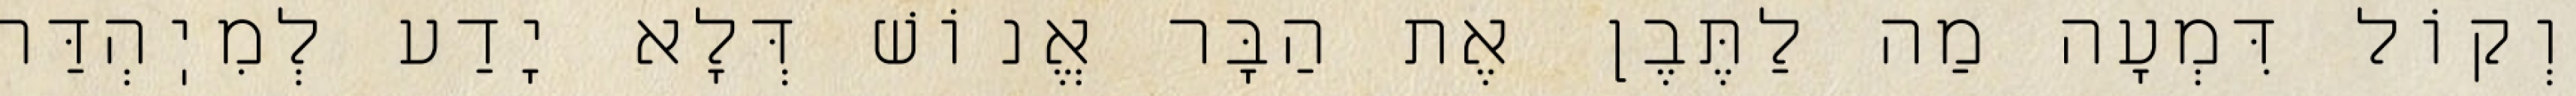
וְקוֹל דִּמְעָה מַה לַתֶּבֶן אֶת הַבָּר אֱנוֹשׁ דְּלָא יָדַע לְמִיֽהְדַּר